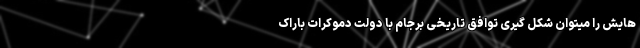
هایش را میتوان شکل گیری توافق تاریخی برجام با دولت دموکرات باراک